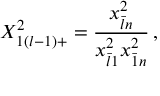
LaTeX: \displaystyle { X _ { 1 ( l - 1 ) + } ^ { 2 } = \frac { x _ { \bar { l } n } ^ { 2 } } { x _ { \bar { l } 1 } ^ { 2 } x _ { \bar { 1 } n } ^ { 2 } } } \, ,